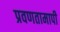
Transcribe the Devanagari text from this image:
प्रवणतामापी